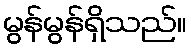
မွန်မွန်ရှိသည်။